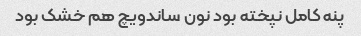
پنه کامل نپخته بود نون ساندویچ هم خشک بود